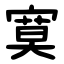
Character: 寞